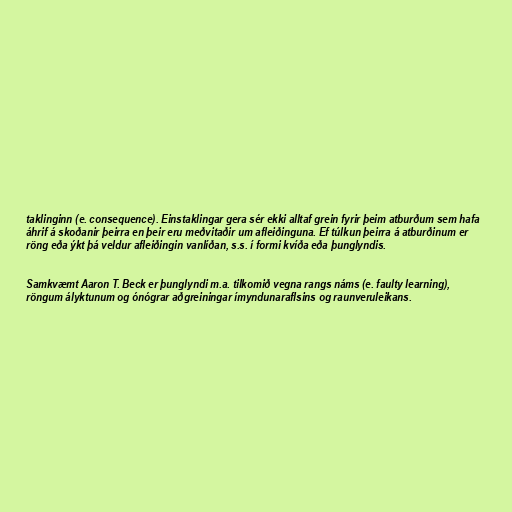
taklinginn (e. consequence). Einstaklingar gera sér ekki alltaf grein fyrir þeim atburðum sem hafa
áhrif á skoðanir þeirra en þeir eru meðvitaðir um afleiðinguna. Ef túlkun þeirra á atburðinum er
röng eða ýkt þá veldur afleiðingin vanlíðan, s.s. í formi kvíða eða þunglyndis.

Samkvæmt Aaron T. Beck er þunglyndi m.a. tilkomið vegna rangs náms (e. faulty learning),
röngum ályktunum og ónógrar aðgreiningar ímyndunaraflsins og raunveruleikans.